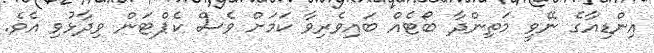
އިންޑިއާގެ ނޭވީ މަތިންދާ ބޯޓެއް ބައިވެރިވާ ކަމަށް ވެސް ކެޕްޓަން ވިދާޅުވި އެވެ.